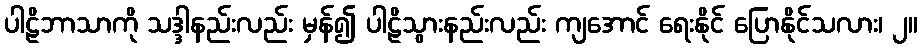
ပါဠိဘာသာကို သဒ္ဒါနည်းလည်း မှန်၍ ပါဠိသွားနည်းလည်း ကျအောင် ရေးနိုင် ပြောနိုင်သလား၊ ၂။